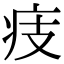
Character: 㽻